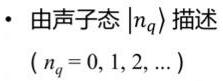
- 由声子态 $|n_q\rangle$ 描述
$(n_q = 0, 1, 2, \ldots)$